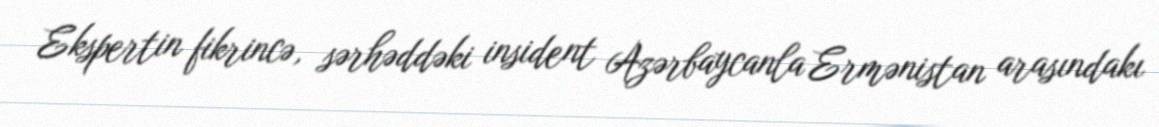
Ekspertin fikrincə, sərhəddəki insident Azərbaycanla Ermənistan arasındakı